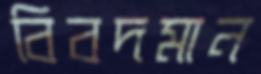
বিবদমান